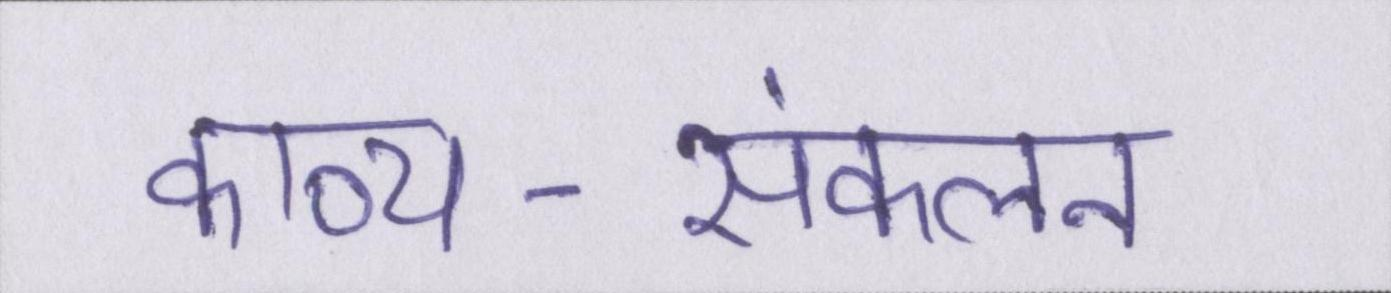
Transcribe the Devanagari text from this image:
काव्य-संकलन